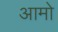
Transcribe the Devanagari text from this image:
आमो